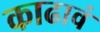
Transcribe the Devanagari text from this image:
काढावं